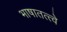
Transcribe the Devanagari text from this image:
भाषातत्त्वे